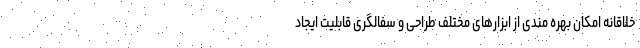
خلاقانه امکان بهره مندی از ابزارهای مختلف طراحی و سفالگری قابلیت ایجاد